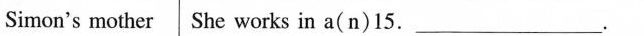
Simon's mother She works in a(n) 15.___.